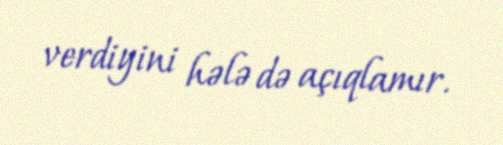
verdiyini hələ də açıqlamır.